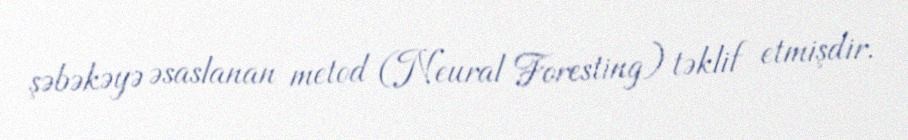
şəbəkəyə əsaslanan metod (Neural Foresting) təklif etmişdir.